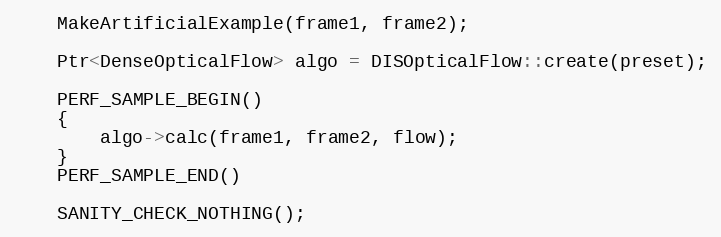
Language: C++
    MakeArtificialExample(frame1, frame2);

    Ptr<DenseOpticalFlow> algo = DISOpticalFlow::create(preset);

    PERF_SAMPLE_BEGIN()
    {
        algo->calc(frame1, frame2, flow);
    }
    PERF_SAMPLE_END()

    SANITY_CHECK_NOTHING();